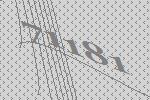
71181